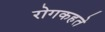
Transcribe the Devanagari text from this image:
रोगकहते